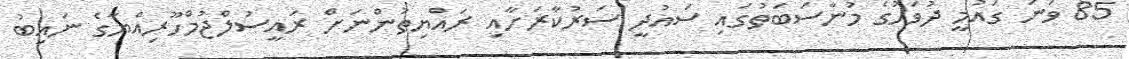
85 ވަނަ ގައުމީ ދުވަހުގެ މުނާސަބަތުގައި ސައުދީ ސަރުކާރަށާއި ރައްޔިތުންނަށް ރައީސުލްޖުމްހޫރިއްޔާގެ ނައިބު